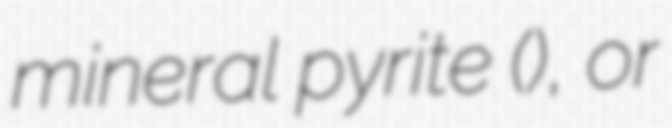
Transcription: mineral pyrite (), or